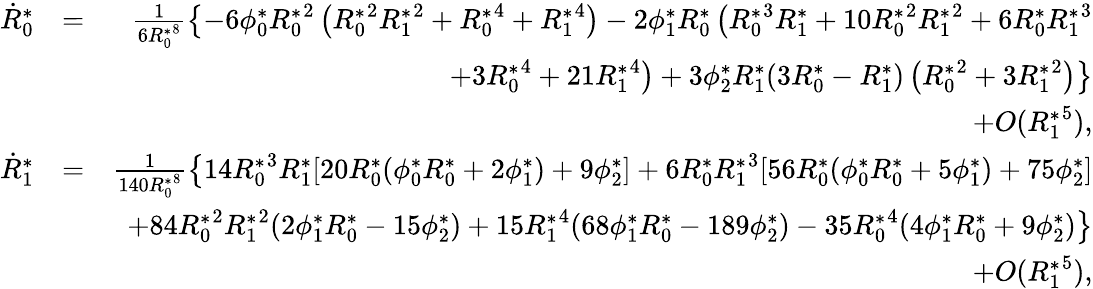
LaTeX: \begin{array}{rlr}{\dot{R}_{0}^{*}}&{=}&{\frac{1}{6{R_{0}^{*}}^{8}}\left\{ -6{\phi_{0}^{*}}{R_{0}^{*}}^{2}\left({R_{0}^{*}}^{2}{R_{1}^{*}}^{2}+{R_{0}^{*}}^{4}+{R_{1}^{*}}^{4}\right)-2{\phi_{1}^{*}}{R_{0}^{*}}\left({R_{0}^{*}}^{3}{R_{1}^{*}}+10{R_{0}^{*}}^{2}{R_{1}^{*}}^{2}+6{R_{0}^{*}}{R_{1}^{*}}^{3}\right.\right.}\\ &{}&{\left.\left.+3{R_{0}^{*}}^{4}+21{R_{1}^{*}}^{4}\right)+3{\phi_{2}^{*}}{R_{1}^{*}}(3{R_{0}^{*}}-{R_{1}^{*}})\left({R_{0}^{*}}^{2}+3{R_{1}^{*}}^{2}\right)\right\} }\\ &{}&{+O({R_{1}^{*}}^{5}),}\\ {\dot{R}_{1}^{*}}&{=}&{\frac{1}{140{R_{0}^{*}}^{8}}\left\{ 14{R_{0}^{*}}^{3}{R_{1}^{*}}[20{R_{0}^{*}}({\phi_{0}^{*}}{R_{0}^{*}}+2{\phi_{1}^{*}})+9{\phi_{2}^{*}}]+6{R_{0}^{*}}{R_{1}^{*}}^{3}[56{R_{0}^{*}}({\phi_{0}^{*}}{R_{0}^{*}}+5{\phi_{1}^{*}})+75{\phi_{2}^{*}}]\right.}\\ &{}&{\left.+84{R_{0}^{*}}^{2}{R_{1}^{*}}^{2}(2{\phi_{1}^{*}}{R_{0}^{*}}-15{\phi_{2}^{*}})+15{R_{1}^{*}}^{4}(68{\phi_{1}^{*}}{R_{0}^{*}}-189{\phi_{2}^{*}})-35{R_{0}^{*}}^{4}(4{\phi_{1}^{*}}{R_{0}^{*}}+9{\phi_{2}^{*}})\right\} }\\ &{}&{+O({R_{1}^{*}}^{5}),}\end{array}